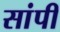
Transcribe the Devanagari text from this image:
सांपी